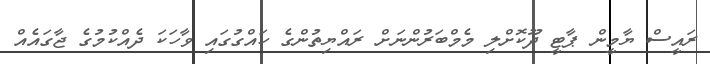
ރައީސް ޔާމީން ޕާޓީ ދޫކޮށްލި މެމްބަރުންނަށް ރައްޔިތުންގެ ހައްގުގައި ވާހަކަ ދެއްކުމުގެ ޖާގައެއް